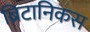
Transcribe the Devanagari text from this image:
ब्रिटानिकस